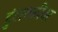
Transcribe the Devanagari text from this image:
हुंडाबळींवर